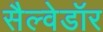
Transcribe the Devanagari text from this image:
सैल्वेडॉर